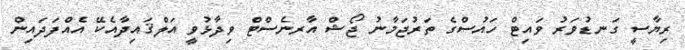
ރިޔާސީ ގަނޑުވަރު ވައިޓް ހައުސްގެ ތަރުޖަމާނު ޖޯޝް އާރނެސްޓް ވިދާޅުވީ އަލްޤައިދާއެކޭ އެއްފަދައިން